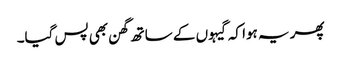
پھر یہ ہوا کہ گیہوں کے ساتھ گھن بھی پس گیا۔